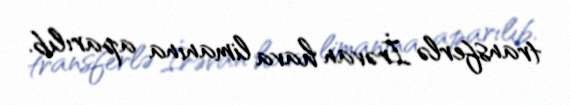
transferlə İrəvan hava limanına aparılıb.